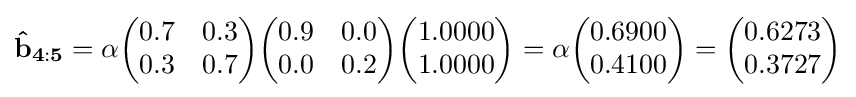
\mathbf {{\hat {b}}_{4:5}} =\alpha {\begin{pmatrix}0.7&0.3\\0.3&0.7\end{pmatrix}}{\begin{pmatrix}0.9&0.0\\0.0&0.2\end{pmatrix}}{\begin{pmatrix}1.0000\\1.0000\end{pmatrix}}=\alpha {\begin{pmatrix}0.6900\\0.4100\end{pmatrix}}={\begin{pmatrix}0.6273\\0.3727\end{pmatrix}}